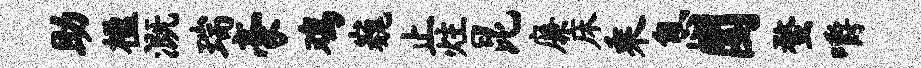
助楹溉瑞豪鸡巍止炷昆廉床乘息圜蝥嚼